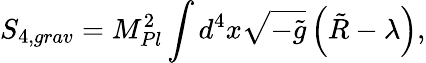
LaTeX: S_{4,grav}=M_{Pl}^{2}\int d^{4}x\sqrt{-\tilde{g}}\left(\tilde{R}-\lambda\right),